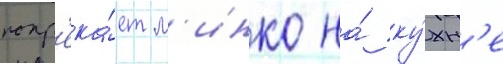
попр'ека́ет м'инко на́ ку́хн'е